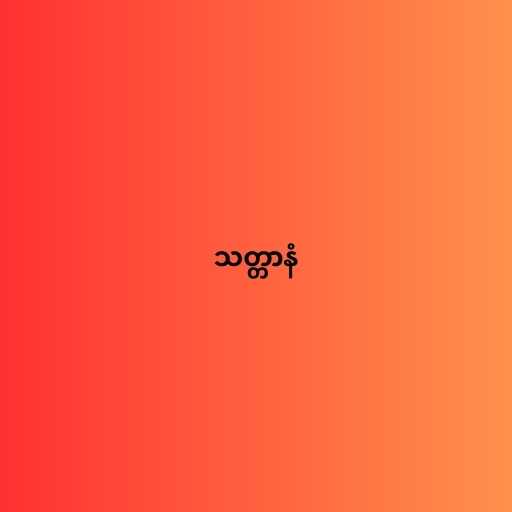
သတ္တာနံ